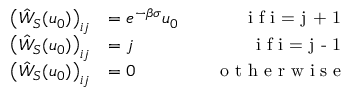
\begin{array} { r l r } { \left( \hat { W } _ { S } ( u _ { 0 } ) \right) _ { i j } } & { = e ^ { - \beta \sigma } u _ { 0 } \quad } & { \textrm { i f i = j + 1 } } \\ { \left( \hat { W } _ { S } ( u _ { 0 } ) \right) _ { i j } } & { = j \quad } & { \textrm { i f i = j - 1 } } \\ { \left( \hat { W } _ { S } ( u _ { 0 } ) \right) _ { i j } } & { = 0 \quad } & { \textrm { o t h e r w i s e } } \end{array}